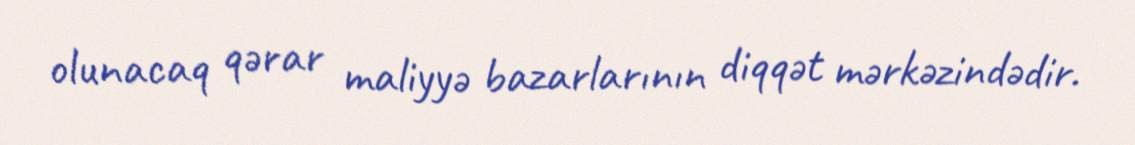
olunacaq qərar maliyyə bazarlarının diqqət mərkəzindədir.